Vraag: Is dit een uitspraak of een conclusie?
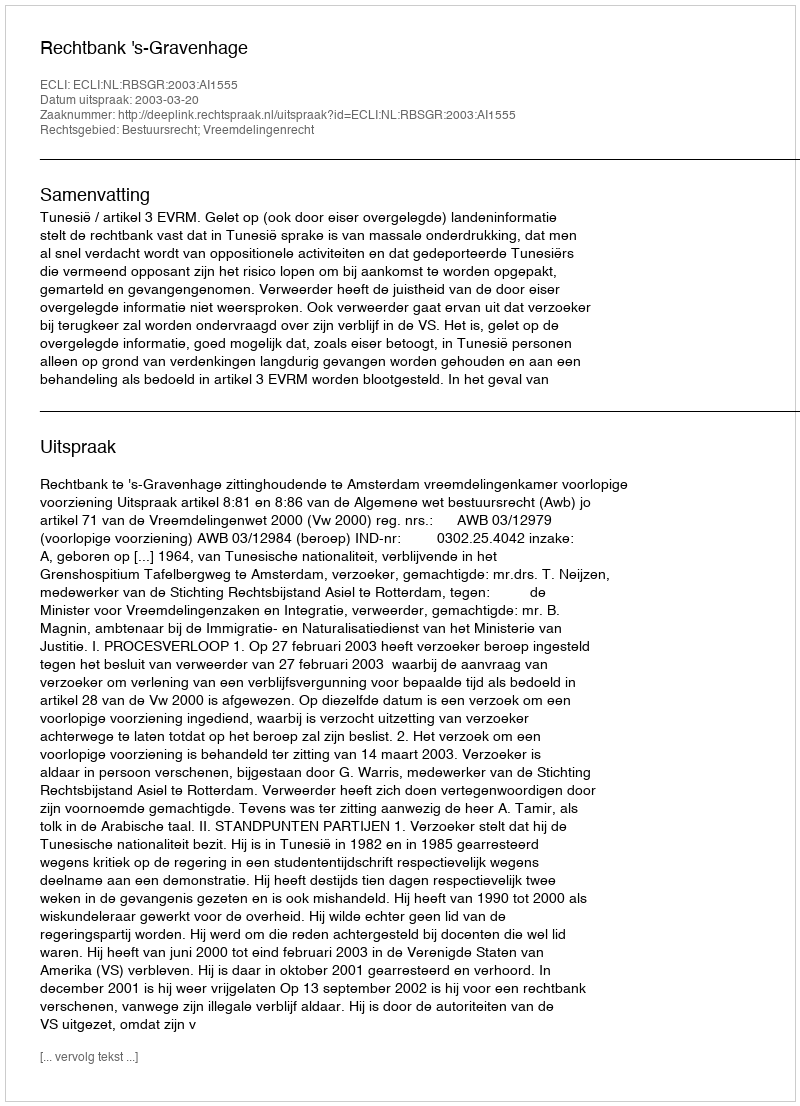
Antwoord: Uitspraak